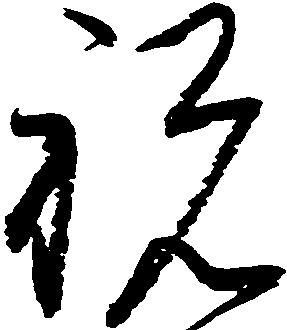
祝